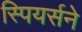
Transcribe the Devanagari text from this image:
स्पियर्सने